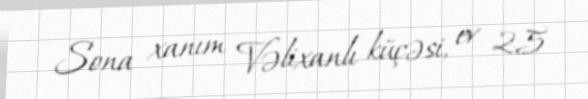
Sona xanım Vəlixanlı küçəsi, ev 25